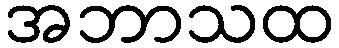
အဘာသထ